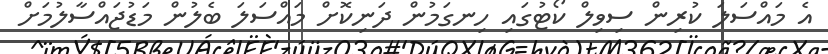
އެ މައްސަލަ ކުރިން ސިވިލް ކޯޓުގައި ހިނގަމުން ދަނިކޮށް މައްސަލަ ބެލުން މަޑުޖައްސާލުމަށް